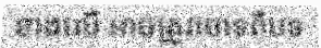
ខាងលើ អាចត្រូវចោទពីបទ